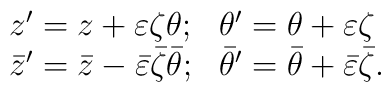
\begin{array}{ll}z'=z + \varepsilon \zeta \theta; & \theta' = \theta + \varepsilon \zeta\\ \bar z' = \bar z - \bar \varepsilon \bar\zeta \bar \theta; &\bar \theta' = \bar \theta +\bar\varepsilon \bar\zeta .\end{array}